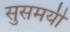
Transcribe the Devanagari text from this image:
सुसमयी